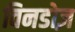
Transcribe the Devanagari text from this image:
विनडोज़